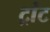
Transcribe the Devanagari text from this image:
ट्रांट